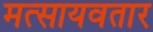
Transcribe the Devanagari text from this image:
मत्सायवतार